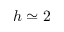
h \simeq 2